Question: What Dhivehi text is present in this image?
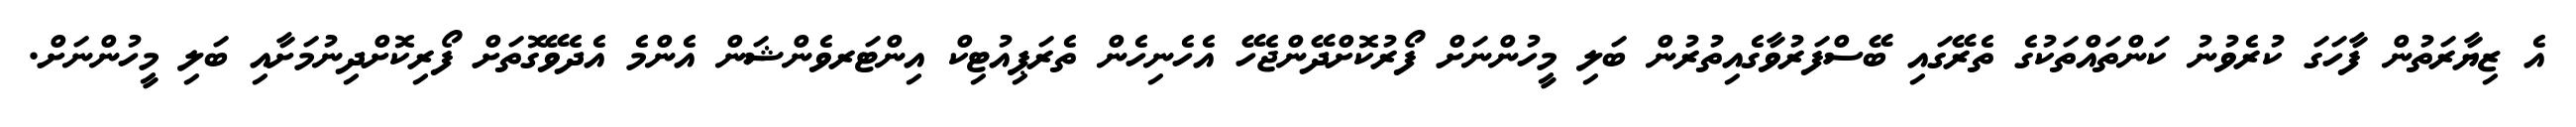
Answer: އެ ޒިޔާރަތުން ފާހަގަ ކުރެވުނު ކަންތައްތަކުގެ ތެރޭގައި ބޭސްފަރުވާގެއިތުރުން ބަލި މީހުންނަށް ފޯރުކޮށްދޭންޖެހޭ އެހެނިހެން ތެރަޕިއުޓިކް އިންޓަރވެންޝަން އެންމެ އެދެވޭގޮތަށް ފޯރިކޮށްދިނުމަށާއި ބަލި މީހުންނަށް.